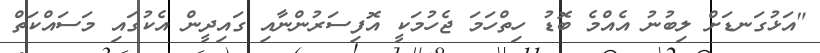
"އަޅުގަނޑަށް ލިބުނު އެއްމެ ބޮޑު ހިތްހަމަ ޖެހުމަކީ އޮފިސަރުންނާއި ގައިދީން އެކުގައި މަސައްކަތް